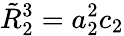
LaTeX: \tilde{R}_{2}^{3}=a_{2}^{2}c_{2}